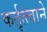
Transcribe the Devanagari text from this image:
कर्तृत्त्वाने